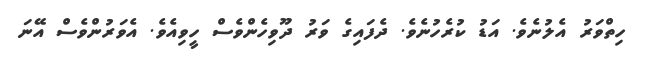
ހިތްވަރު އެލުނެވެ. އަޑު ކުރެހުނެވެ. ދެފައިގެ ވަރު ދޫވިހެންވެސް ހީވިއެވެ. އެވަރުންވެސް އޭނަ